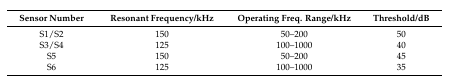
| Sensor Number | Resonant Frequency/kHz | Operating Freq. Range/kHz | Threshold/dB |
 | --- | --- | --- | --- |
 | S1/S2 | 150 | 50–200 | 50 |
 | S3/S4 | 125 | 100–1000 | 40 |
 | S5 | 150 | 50–200 | 45 |
 | S6 | 125 | 100–1000 | 35 |